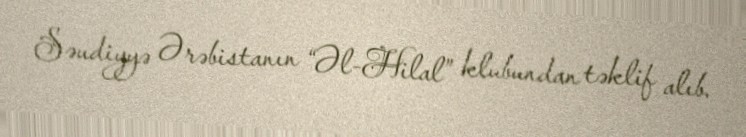
Səudiyyə Ərəbistanın “Əl-Hilal” klubundan təklif alıb.